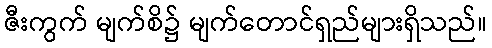
ဇီးကွက် မျက်စိ၌ မျက်တောင်ရှည်များရှိသည်။